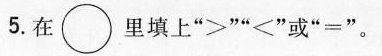
5.在\circ里填上”>””＜”或”=”)